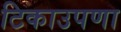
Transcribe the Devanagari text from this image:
टिकाउपणा